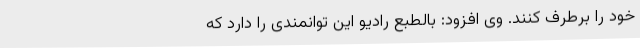
خود را برطرف کنند. وی افزود: بالطبع رادیو این توانمندی را دارد که